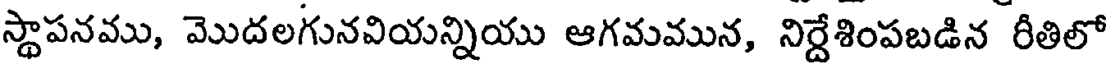
స్థాపనము, మొదలగునవియన్నియు ఆగమమున, నిర్దేశింపబడిన రీతిలో